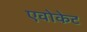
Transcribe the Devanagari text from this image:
एवोकेट